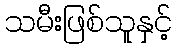
သမီးဖြစ်သူနှင့်